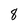
Character: 8